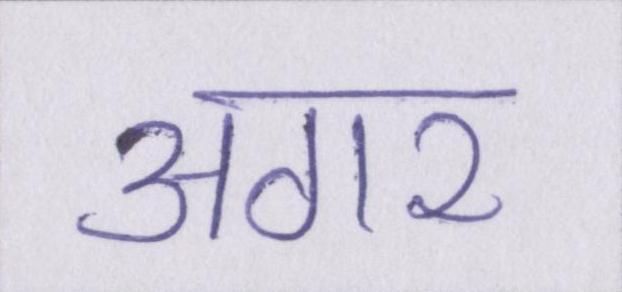
अगर